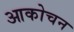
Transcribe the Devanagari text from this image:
आकोचन